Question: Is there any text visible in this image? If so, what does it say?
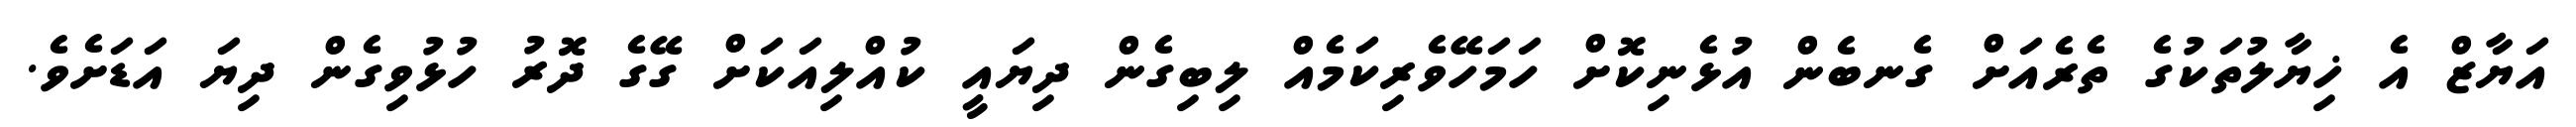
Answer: އަޔާޒް އެ ޚިޔާލުތަކުގެ ތެރެއަށް ގެނބެން އުޅެނިކޮށް ހަމަހޭވެރިކަމެއް ލިބިގެން ދިޔައީ ކުއްލިއަކަށް ގޭގެ ދޮރު ހުޅުވިގެން ދިޔަ އަޑަށެވެ.